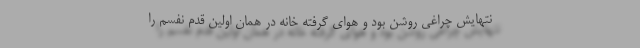
نتهایش چراغی روشن بود و هوای گرفته خانه در همان اولین قدم نفسم را